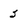
Character: J